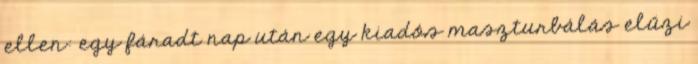
ellen: egy fáradt nap után egy kiadós maszturbálás elűzi